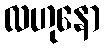
လဟုနော